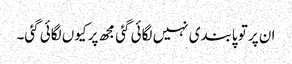
ان پر تو پابندی نہیں لگائی گئی مجھ پر کیوں لگائی گئی۔